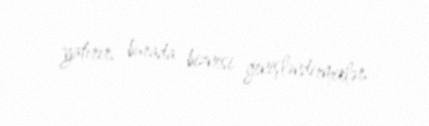
yatırır, burada biznesi genişləndirmirlər.